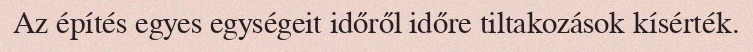
Az építés egyes egységeit időről időre tiltakozások kísérték.